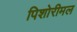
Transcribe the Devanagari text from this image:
पिशोरीमल